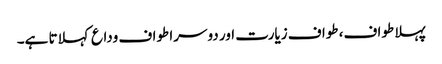
پہلا طواف، طواف زیارت اور دوسرا طواف وداع کہلاتا ہے۔